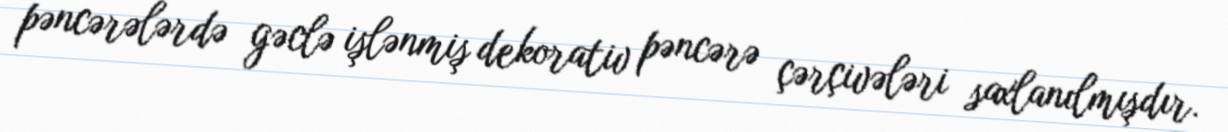
pəncərələrdə gəclə işlənmiş dekorativ pəncərə çərçivələri saxlanılmışdır.